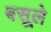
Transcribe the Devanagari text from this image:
बसूले